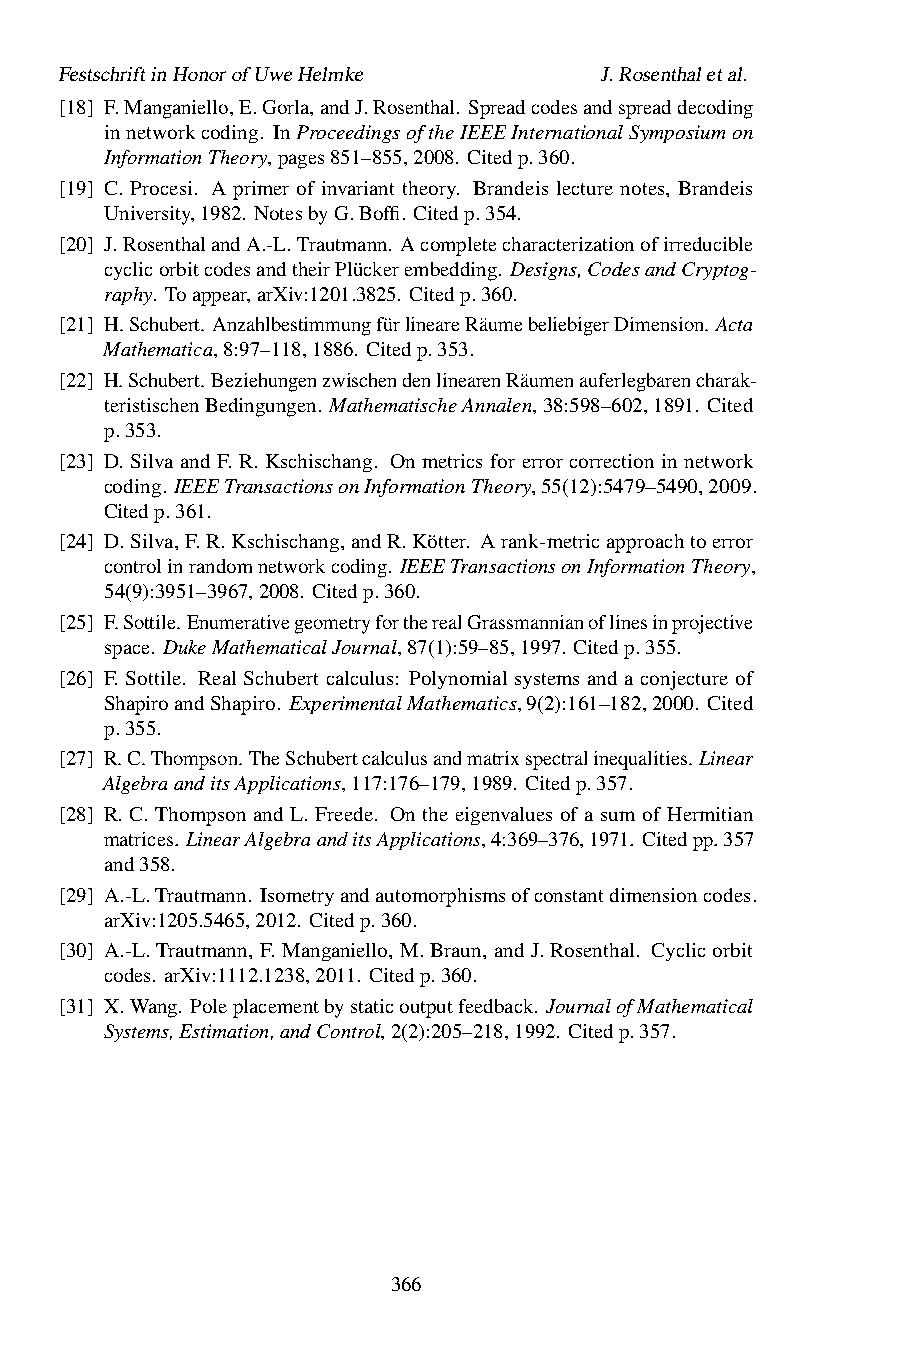
FestschriftinHonorofUweHelmke       J.Rosenthaletal.
 [18] F.Manganiello,E.Gorla,andJ.Rosenthal. Spreadcodesandspreaddecoding
 innetworkcoding. InProceedingsoftheIEEEInternationalSymposiumon
 InformationTheory,pages851–855,2008. Citedp.360.
 [19] C. Procesi. A primer of invariant theory. Brandeis lecture notes, Brandeis
 University,1982. NotesbyG.Boffi. Citedp.354.
 [20] J.RosenthalandA.-L.Trautmann. Acompletecharacterizationofirreducible
 cyclicorbitcodesandtheirPlückerembedding. Designs,CodesandCryptog-
 raphy. Toappear,arXiv:1201.3825. Citedp.360.
 [21] H.Schubert. AnzahlbestimmungfürlineareRäumebeliebigerDimension. Acta
 Mathematica,8:97–118,1886. Citedp.353.
 [22] H.Schubert.BeziehungenzwischendenlinearenRäumenauferlegbarencharak-
 teristischenBedingungen. MathematischeAnnalen,38:598–602,1891. Cited
 p.353.
 [23] D. Silva and F. R. Kschischang. On metrics for error correction in network
 coding. IEEETransactionsonInformationTheory,55(12):5479–5490,2009.
 Citedp.361.
 [24] D.Silva,F.R.Kschischang,andR.Kötter. Arank-metricapproachtoerror
 controlinrandomnetworkcoding. IEEETransactionsonInformationTheory,
 54(9):3951–3967,2008. Citedp.360.
 [25] F.Sottile.EnumerativegeometryfortherealGrassmannianoflinesinprojective
 space. DukeMathematicalJournal,87(1):59–85,1997. Citedp.355.
 [26] F. Sottile. Real Schubert calculus: Polynomial systems and a conjecture of
 ShapiroandShapiro. ExperimentalMathematics,9(2):161–182,2000. Cited
 p.355.
 [27] R.C.Thompson.TheSchubertcalculusandmatrixspectralinequalities.Linear
 AlgebraanditsApplications,117:176–179,1989. Citedp.357.
 [28] R. C. Thompson and L. Freede. On the eigenvalues of a sum of Hermitian
 matrices. LinearAlgebraanditsApplications,4:369–376,1971. Citedpp.357
 and358.
 [29] A.-L.Trautmann. Isometryandautomorphismsofconstantdimensioncodes.
 arXiv:1205.5465,2012. Citedp.360.
 [30] A.-L.Trautmann, F.Manganiello, M.Braun, andJ.Rosenthal. Cyclicorbit
 codes. arXiv:1112.1238,2011. Citedp.360.
 [31] X.Wang. Poleplacementbystaticoutputfeedback. JournalofMathematical
 Systems,Estimation,andControl,2(2):205–218,1992. Citedp.357.
 366